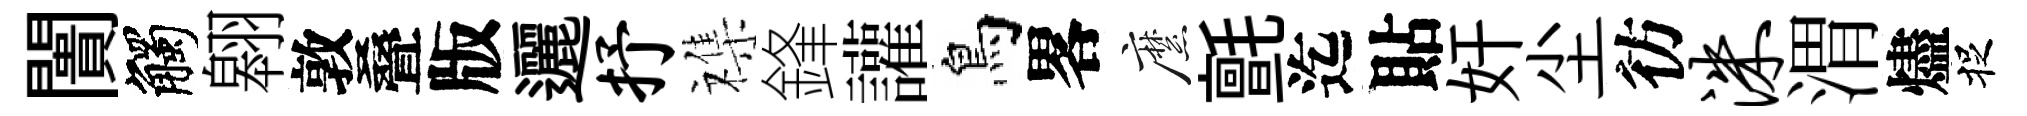
闠觸翱敦叠版邐抒襍鋒讙鳥畧縻氈迄貼奸尘彷洙渭燼捉